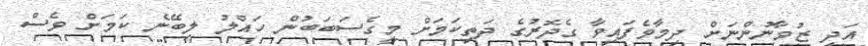
އަދި ޒުވާނުންނަށް ދިމާވެފައިވާ ގެދޮރުގެ ދަތިކަމަށް މީގެސަބަބުން ހައްލު ލިބޭނެ ކަމަށް ވެސް